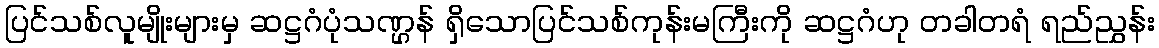
ပြင်သစ်လူမျိုးများမှ ဆဋ္ဌဂံပုံသဏ္ဌန် ရှိသောပြင်သစ်ကုန်းမကြီးကို ဆဋ္ဌဂံဟု တခါတရံ ရည်ညွှန်း